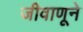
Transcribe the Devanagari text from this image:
जीवाणूने